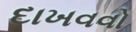
દાખવવો